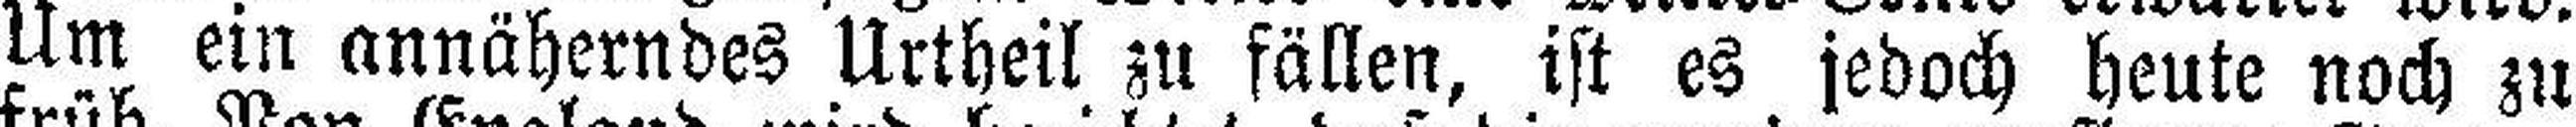
Um ein annäherndes Urtheil zu fällen, ist es jedoch heute noch zu